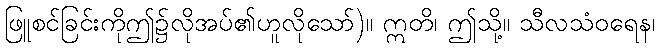
ဖြူစင်ခြင်းကိုဤ၌လိုအပ်၏ဟူလိုသော်)။ ဣတိ၊ ဤသို့။ သီလသံဝရေန၊